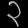
Digit: ၃